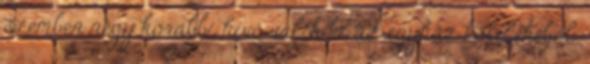
szemben négy korábbi hívő válik ki az egyház kötelékéből.